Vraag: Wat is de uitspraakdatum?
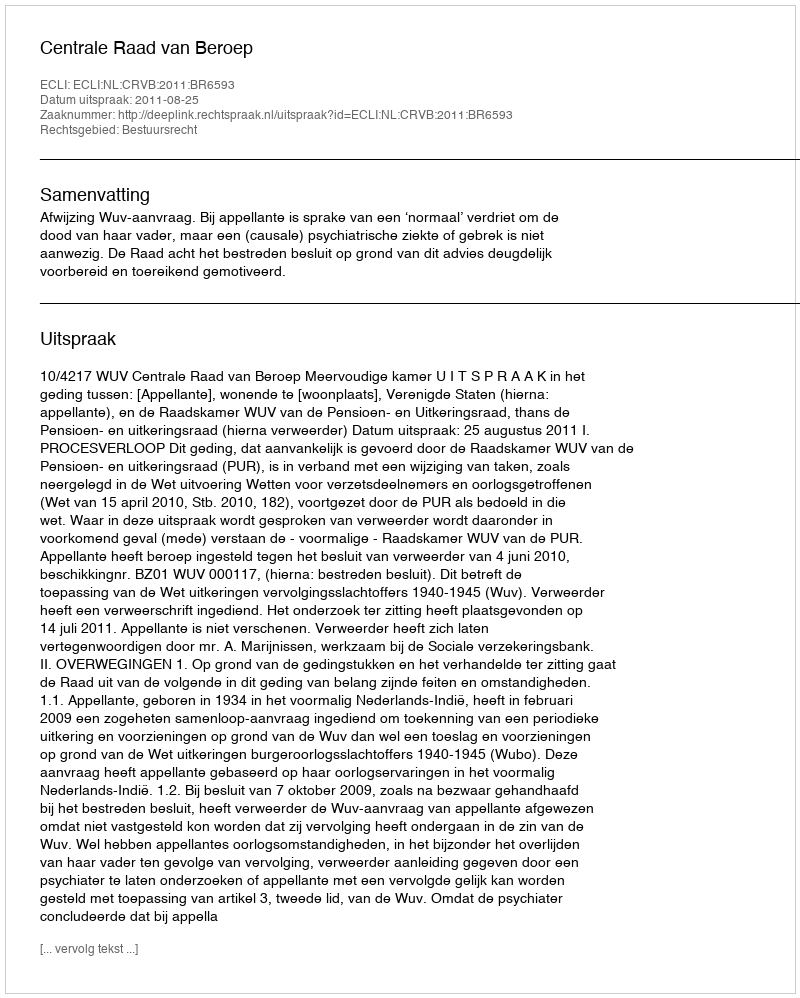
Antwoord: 2011-08-25